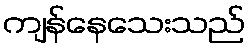
ကျန်နေသေးသည်